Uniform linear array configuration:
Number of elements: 32
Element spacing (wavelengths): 0.75
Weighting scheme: uniform
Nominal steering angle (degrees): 60
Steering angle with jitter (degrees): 61.483
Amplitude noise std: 0.05
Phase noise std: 0.05

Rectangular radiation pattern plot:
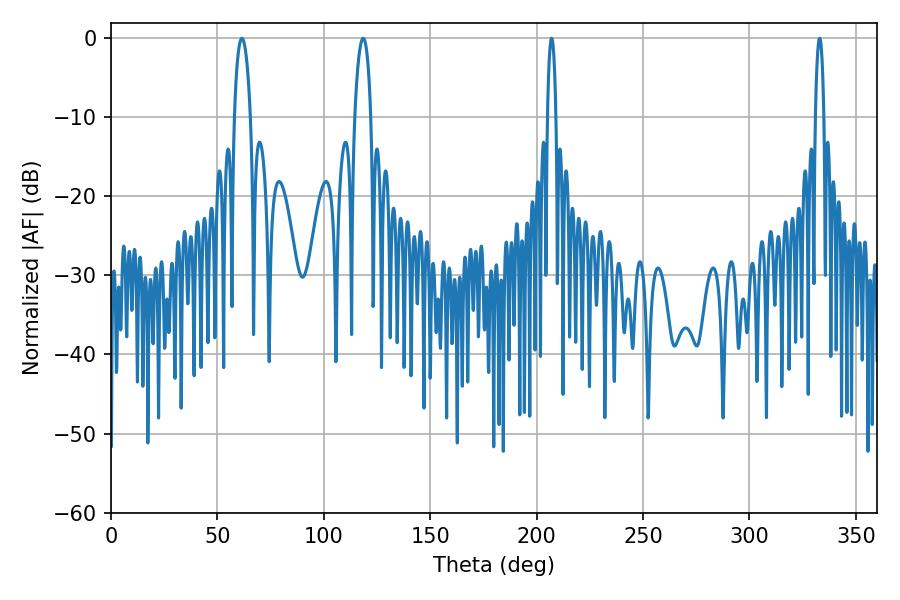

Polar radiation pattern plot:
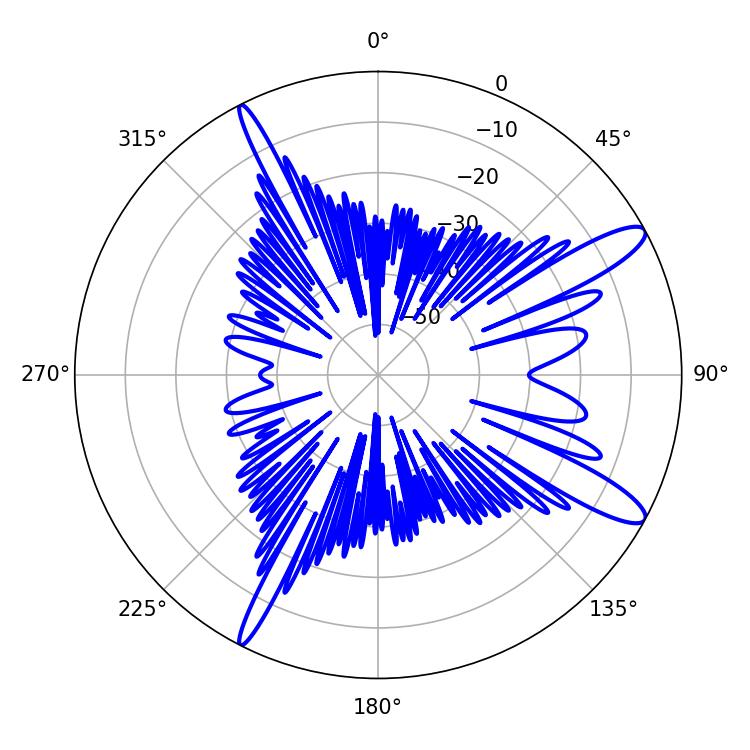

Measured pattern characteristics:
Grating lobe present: TRUE
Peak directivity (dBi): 12.572
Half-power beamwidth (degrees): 4.32
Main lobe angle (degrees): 61.56